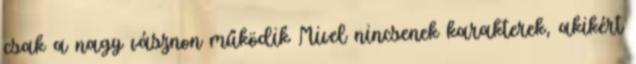
csak a nagy vásznon működik Mivel nincsenek karakterek, akikért